Trukikaitis_Postimees, lk 144
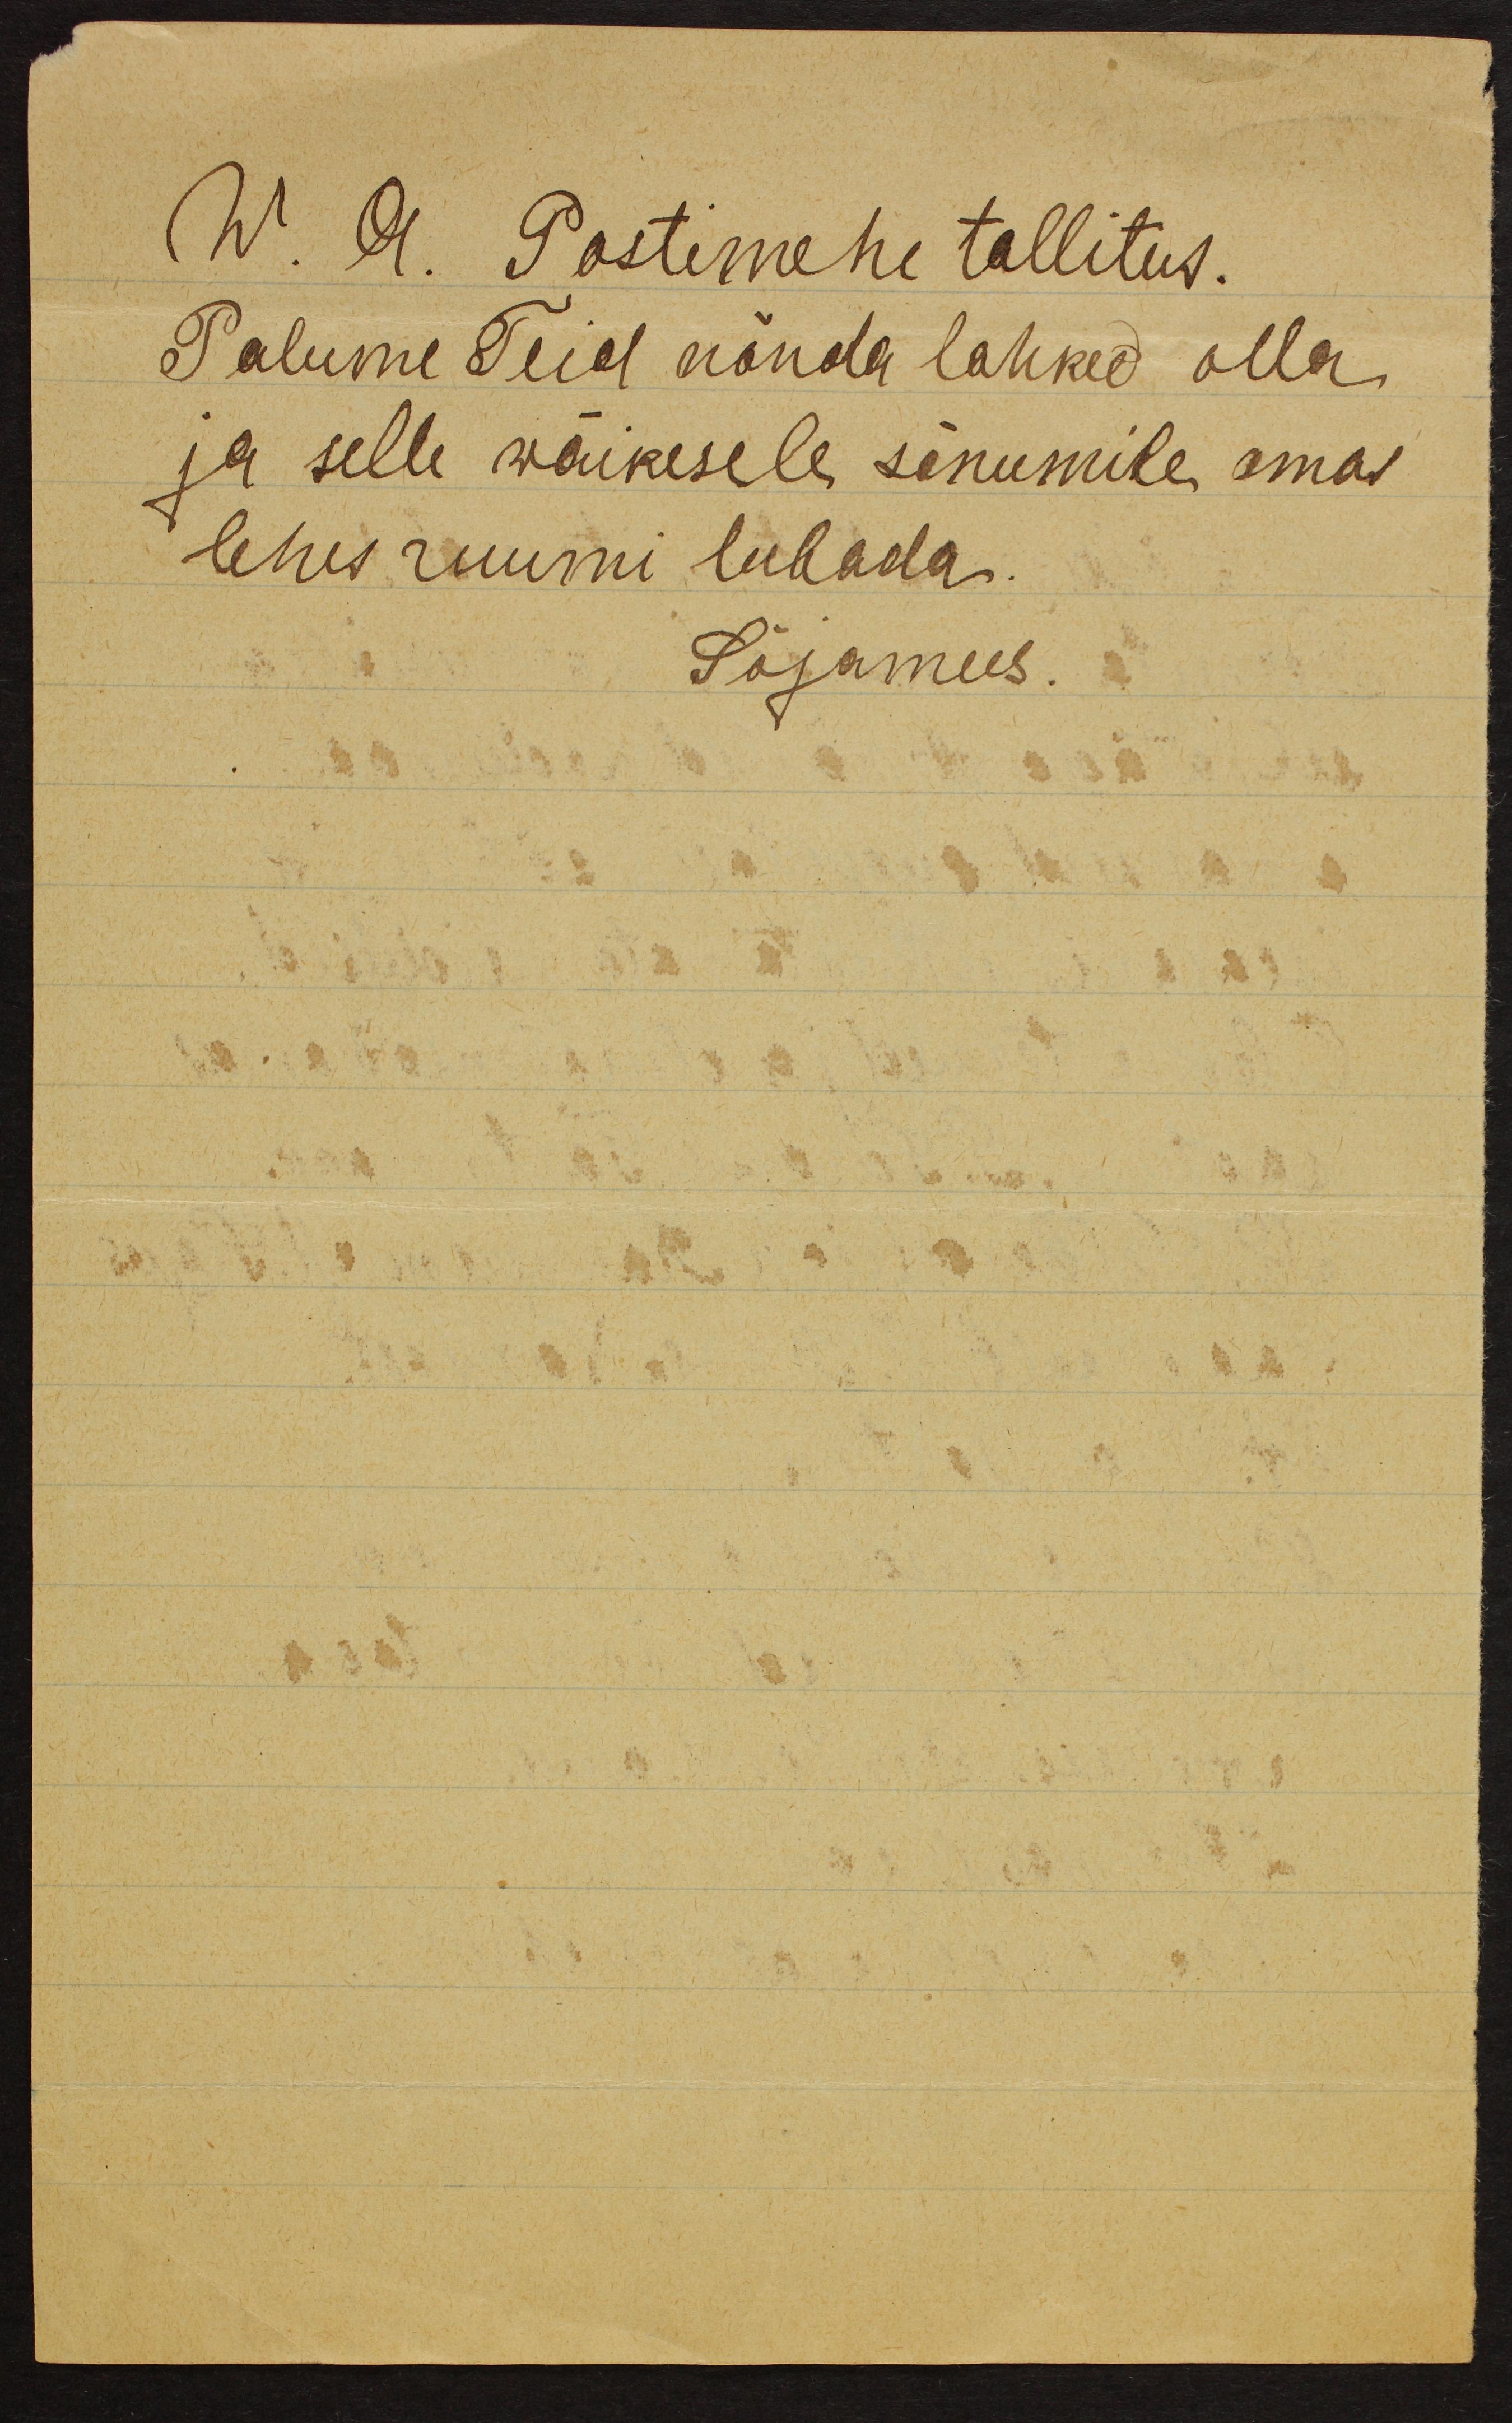
W. A. Postimehe tallitus.
Palume Teid nõnda lahked olla
ja selle wäikesele sõnumile omas
lehes ruumi lubada.
Sõjamees.